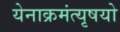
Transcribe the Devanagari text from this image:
येनाक्रमंत्यृषयो